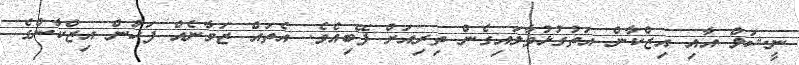
ނީޝަލް އާއި އިޒްކާން އަތުގުޅުވާލައިގެން ތިރިއަށް ފޭބިއެވެ. އެތައް ޒަމާނެއް ފަހުން އިޒްކާންގެ